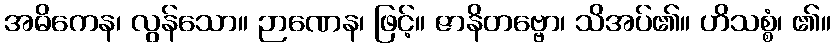
အဓိကေန၊ လွန်သော။ ဉာဏေန၊ ဖြင့်။ ဇာနိတဗ္ဗော၊ သိအပ်၏။ ဟိသစ္စံ၊ ၏။